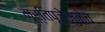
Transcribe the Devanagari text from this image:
मूर्तिपूजेमुळेच